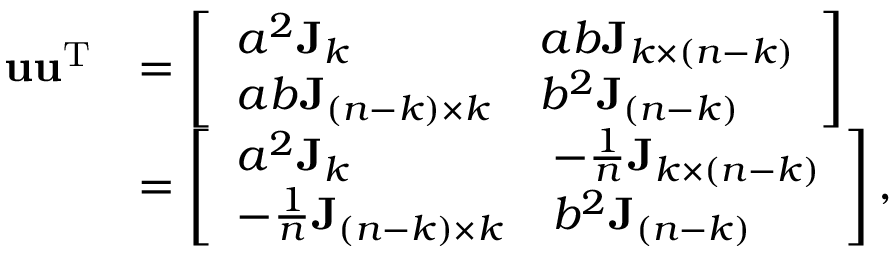
\begin{array} { r l } { \mathbf u \mathbf u ^ { \mathrm T } } & { = \left[ \begin{array} { l l } { a ^ { 2 } \mathbf J _ { k } } & { a b \mathbf J _ { k \times ( n - k ) } } \\ { a b \mathbf J _ { ( n - k ) \times k } } & { b ^ { 2 } \mathbf J _ { ( n - k ) } } \end{array} \right] } \\ & { = \left[ \begin{array} { l l } { a ^ { 2 } \mathbf J _ { k } } & { - \frac 1 n \mathbf J _ { k \times ( n - k ) } } \\ { - \frac 1 n \mathbf J _ { ( n - k ) \times k } } & { b ^ { 2 } \mathbf J _ { ( n - k ) } } \end{array} \right] , } \end{array}